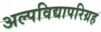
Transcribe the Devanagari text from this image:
अल्पविद्यापरिग्रह